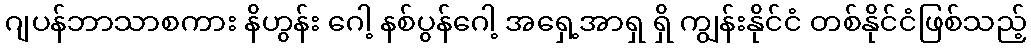
ဂျပန်ဘာသာစကား နိဟွန်း ဂေါ့ နစ်ပွန်ဂေါ့ အရှေ့အာရှ ရှိ ကျွန်းနိုင်ငံ တစ်နိုင်ငံဖြစ်သည့်